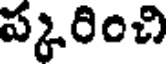
ప్కరించి